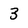
Character: 3